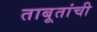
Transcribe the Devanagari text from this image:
ताबूतांची